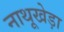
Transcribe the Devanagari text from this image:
नाथूखेड़ा